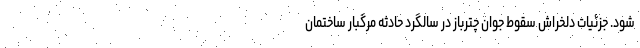
شود. جزئیات دلخراش سقوط جوان چترباز در سالگرد حادثه مرگبار ساختمان